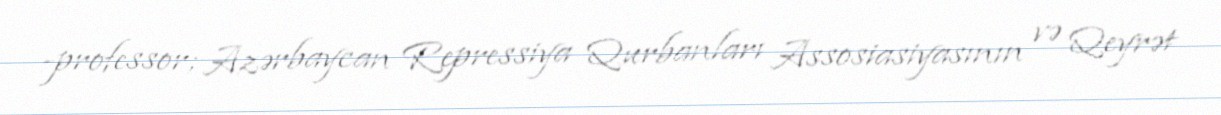
-professor; Azərbaycan Repressiya Qurbanları Assosiasiyasının və Qeyrət